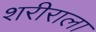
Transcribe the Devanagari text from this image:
शरीराला